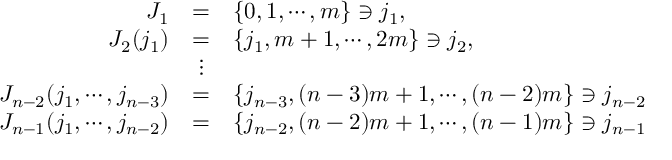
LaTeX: \begin{array} { r c l } { { J _ { 1 } } } & { { = } } & { { \{ 0 , 1 , \cdots , m \} \ni j _ { 1 } , } } \\ { { J _ { 2 } ( j _ { 1 } ) } } & { { = } } & { { \{ j _ { 1 } , m + 1 , \cdots , 2 m \} \ni j _ { 2 } , } } \\ { { } } & { { \vdots } } & { { } } \\ { { J _ { n - 2 } ( j _ { 1 } , \cdots , j _ { n - 3 } ) } } & { { = } } & { { \{ j _ { n - 3 } , ( n - 3 ) m + 1 , \cdots , ( n - 2 ) m \} \ni j _ { n - 2 } } } \\ { { J _ { n - 1 } ( j _ { 1 } , \cdots , j _ { n - 2 } ) } } & { { = } } & { { \{ j _ { n - 2 } , ( n - 2 ) m + 1 , \cdots , ( n - 1 ) m \} \ni j _ { n - 1 } } } \end{array}